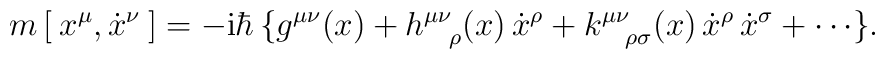
m \, [ \: x^\mu, \dot x^\nu \: ]	= - \mbox{i} \hbar \, \{	  g^{\mu \nu}(x)	+ h^{\mu \nu}_{\:\;\;\;\rho} (x)       \, \dot x^\rho	+ k^{\mu \nu}_{\:\;\;\;\rho \sigma}(x) \, \dot x^\rho	                                       \, \dot x^\sigma	+ \cdots \} .